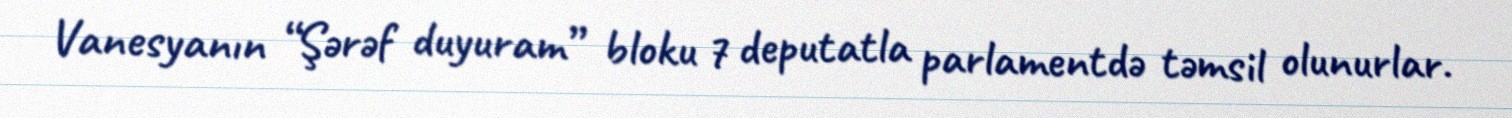
Vanesyanın “Şərəf duyuram” bloku 7 deputatla parlamentdə təmsil olunurlar.